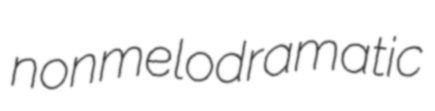
nonmelodramatic